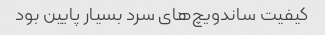
کیفیت ساندویچ‌های سرد بسیار پایین بود